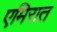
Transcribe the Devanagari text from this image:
एमिरात